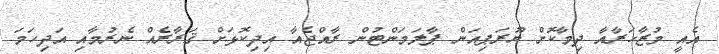
އެއީ މުޒާހަރާއާ ދިމާކޮށް ޔޫރަޕިއަން ޕާލަމަންޓުން ރާއްޖެއާ އިދިކޮޅަށް ޤަރާރެއް ނެރުމާއި އަދިހަމަ